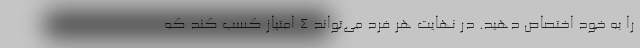
را به خود اختصاص دهید. در نهایت هر فرد می‌تواند ۴ امتیاز کسب کند که